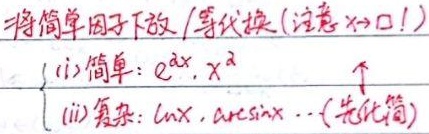
将简单因子下放/等价代换(注意 \(x\to 0\)!)
(i) 简单: \(e^{ax}, x^{\alpha}\)
(ii) 复杂: \(\ln x, \arcsin x\cdots\) (先化简)